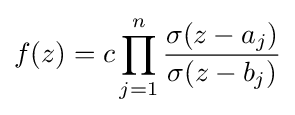
f(z)=c\prod _{j=1}^{n}{\frac {\sigma (z-a_{j})}{\sigma (z-b_{j})}}